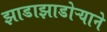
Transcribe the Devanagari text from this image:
झाडाझाडोऱ्याने